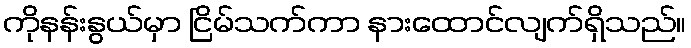
ကိုနန်းနွယ်မှာ ငြိမ်သက်ကာ နားထောင်လျက်ရှိသည်။